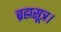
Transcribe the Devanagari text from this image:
ब्रह्मसूत्र।